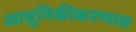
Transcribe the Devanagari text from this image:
आधुनिकीकरणास